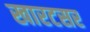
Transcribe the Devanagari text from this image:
खारटसर